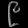
Digit: ၉